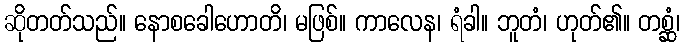
ဆိုတတ်သည်။ နောစခေါဟောတိ၊ မဖြစ်။ ကာလေန၊ ရံခါ။ ဘူတံ၊ ဟုတ်၏။ တစ္ဆံ၊